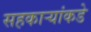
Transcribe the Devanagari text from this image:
सहकार्‍यांकडे